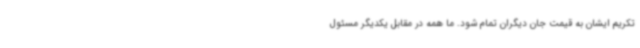
تکریم ایشان به قیمت جان دیگران تمام شود. ما همه در مقابل یکدیگر مسئول